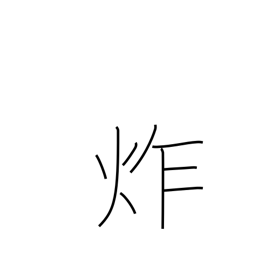
Meaning: frying